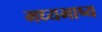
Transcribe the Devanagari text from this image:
मध्यभाष्य